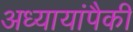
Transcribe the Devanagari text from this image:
अध्यायांपैकी